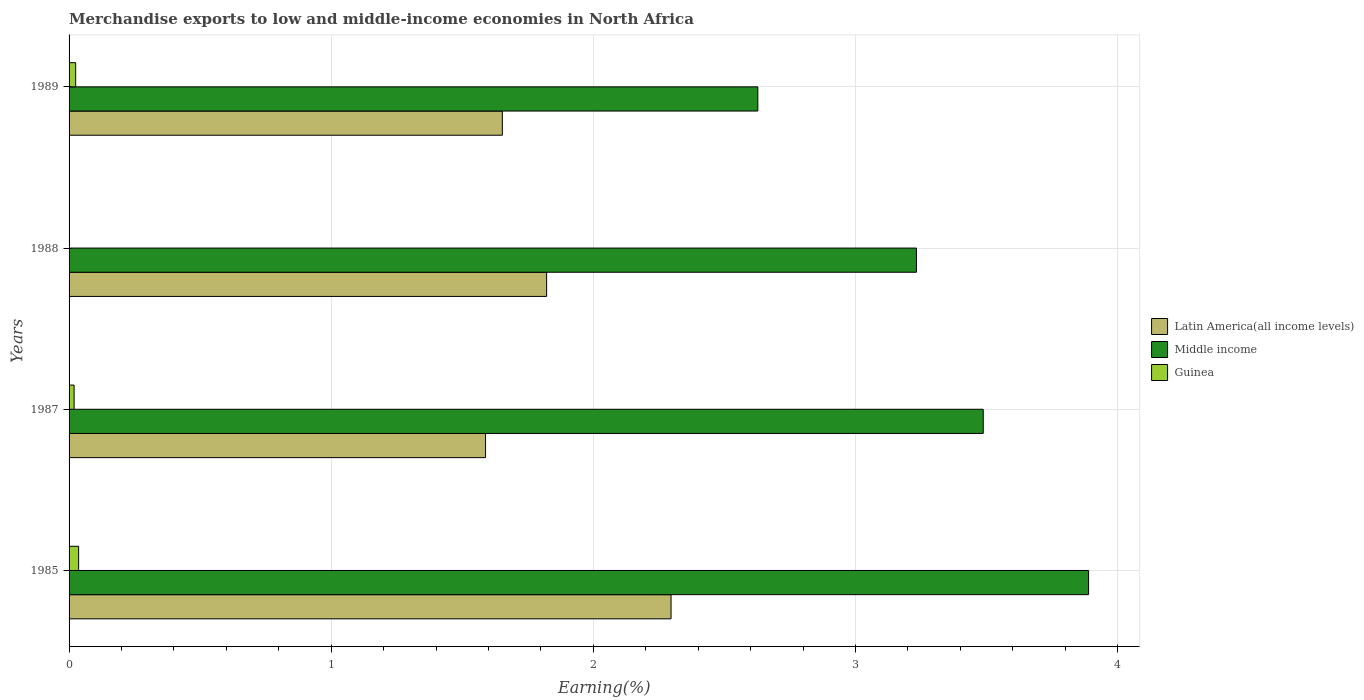
| Years | Latin America(all income levels) | Middle income | Guinea |
 | --- | --- | --- | --- |
 | 1985 | 2.3 | 3.89 | 0.0365 |
 | 1987 | 1.59 | 3.49 | 0.0192 |
 | 1988 | 1.82 | 3.23 | 0.000195 |
 | 1989 | 1.65 | 2.63 | 0.0251 |